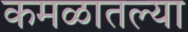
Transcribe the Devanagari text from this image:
कमळातल्या